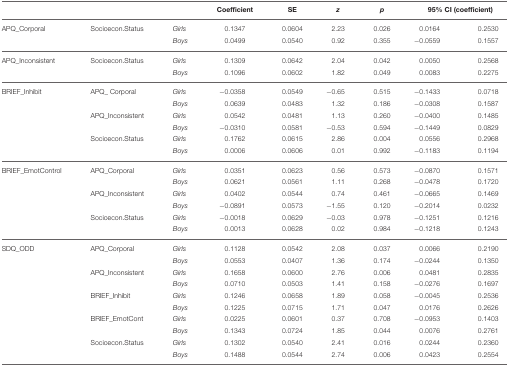
<table><thead><tr><td colspan="2"></td><td></td><td><b>Coefficient</b></td><td><b>SE</b></td><td><b><i>z</i></b></td><td><b><i>p</i></b></td><td colspan="2"><b>95% CI (coefficient)</b></td></tr></thead><tbody><tr><td>APQ_Corporal</td><td>Socioecon.Status</td><td><i>Girls</i></td><td>0.1347</td><td>0.0604</td><td>2.23</td><td>0.026</td><td>0.0164</td><td>0.2530</td></tr><tr><td></td><td></td><td><i>Boys</i></td><td>0.0499</td><td>0.0540</td><td>0.92</td><td>0.355</td><td>−0.0559</td><td>0.1557</td></tr><tr><td>APQ_Inconsistent</td><td>Socioecon.Status</td><td><i>Girls</i></td><td>0.1309</td><td>0.0642</td><td>2.04</td><td>0.042</td><td>0.0050</td><td>0.2568</td></tr><tr><td></td><td></td><td><i>Boys</i></td><td>0.1096</td><td>0.0602</td><td>1.82</td><td>0.049</td><td>0.0083</td><td>0.2275</td></tr><tr><td>BRIEF_Inhibit</td><td>APQ_ Corporal</td><td><i>Girls</i></td><td>−0.0358</td><td>0.0549</td><td>−0.65</td><td>0.515</td><td>−0.1433</td><td>0.0718</td></tr><tr><td></td><td></td><td><i>Boys</i></td><td>0.0639</td><td>0.0483</td><td>1.32</td><td>0.186</td><td>−0.0308</td><td>0.1587</td></tr><tr><td></td><td>APQ_Inconsistent</td><td><i>Girls</i></td><td>0.0542</td><td>0.0481</td><td>1.13</td><td>0.260</td><td>−0.0400</td><td>0.1485</td></tr><tr><td></td><td></td><td><i>Boys</i></td><td>−0.0310</td><td>0.0581</td><td>−0.53</td><td>0.594</td><td>−0.1449</td><td>0.0829</td></tr><tr><td></td><td>Socioecon.Status</td><td><i>Girls</i></td><td>0.1762</td><td>0.0615</td><td>2.86</td><td>0.004</td><td>0.0556</td><td>0.2968</td></tr><tr><td></td><td></td><td><i>Boys</i></td><td>0.0006</td><td>0.0606</td><td>0.01</td><td>0.992</td><td>−0.1183</td><td>0.1194</td></tr><tr><td>BRIEF_EmotControl</td><td>APQ_Corporal</td><td><i>Girls</i></td><td>0.0351</td><td>0.0623</td><td>0.56</td><td>0.573</td><td>−0.0870</td><td>0.1571</td></tr><tr><td></td><td></td><td><i>Boys</i></td><td>0.0621</td><td>0.0561</td><td>1.11</td><td>0.268</td><td>−0.0478</td><td>0.1720</td></tr><tr><td></td><td>APQ_Inconsistent</td><td><i>Girls</i></td><td>0.0402</td><td>0.0544</td><td>0.74</td><td>0.461</td><td>−0.0665</td><td>0.1469</td></tr><tr><td></td><td></td><td><i>Boys</i></td><td>−0.0891</td><td>0.0573</td><td>−1.55</td><td>0.120</td><td>−0.2014</td><td>0.0232</td></tr><tr><td></td><td>Socioecon.Status</td><td><i>Girls</i></td><td>−0.0018</td><td>0.0629</td><td>−0.03</td><td>0.978</td><td>−0.1251</td><td>0.1216</td></tr><tr><td></td><td></td><td><i>Boys</i></td><td>0.0013</td><td>0.0628</td><td>0.02</td><td>0.984</td><td>−0.1218</td><td>0.1243</td></tr><tr><td>SDQ_ODD</td><td>APQ_Corporal</td><td><i>Girls</i></td><td>0.1128</td><td>0.0542</td><td>2.08</td><td>0.037</td><td>0.0066</td><td>0.2190</td></tr><tr><td></td><td></td><td><i>Boys</i></td><td>0.0553</td><td>0.0407</td><td>1.36</td><td>0.174</td><td>−0.0244</td><td>0.1350</td></tr><tr><td></td><td>APQ_Inconsistent</td><td><i>Girls</i></td><td>0.1658</td><td>0.0600</td><td>2.76</td><td>0.006</td><td>0.0481</td><td>0.2835</td></tr><tr><td></td><td></td><td><i>Boys</i></td><td>0.0710</td><td>0.0503</td><td>1.41</td><td>0.158</td><td>−0.0276</td><td>0.1697</td></tr><tr><td></td><td>BRIEF_Inhibit</td><td><i>Girls</i></td><td>0.1246</td><td>0.0658</td><td>1.89</td><td>0.058</td><td>−0.0045</td><td>0.2536</td></tr><tr><td></td><td></td><td><i>Boys</i></td><td>0.1225</td><td>0.0715</td><td>1.71</td><td>0.047</td><td>0.0176</td><td>0.2626</td></tr><tr><td></td><td>BRIEF_EmotCont</td><td><i>Girls</i></td><td>0.0225</td><td>0.0601</td><td>0.37</td><td>0.708</td><td>−0.0953</td><td>0.1403</td></tr><tr><td></td><td></td><td><i>Boys</i></td><td>0.1343</td><td>0.0724</td><td>1.85</td><td>0.044</td><td>0.0076</td><td>0.2761</td></tr><tr><td></td><td>Socioecon.Status</td><td><i>Girls</i></td><td>0.1302</td><td>0.0540</td><td>2.41</td><td>0.016</td><td>0.0244</td><td>0.2360</td></tr><tr><td></td><td></td><td><i>Boys</i></td><td>0.1488</td><td>0.0544</td><td>2.74</td><td>0.006</td><td>0.0423</td><td>0.2554</td></tr></tbody></table>